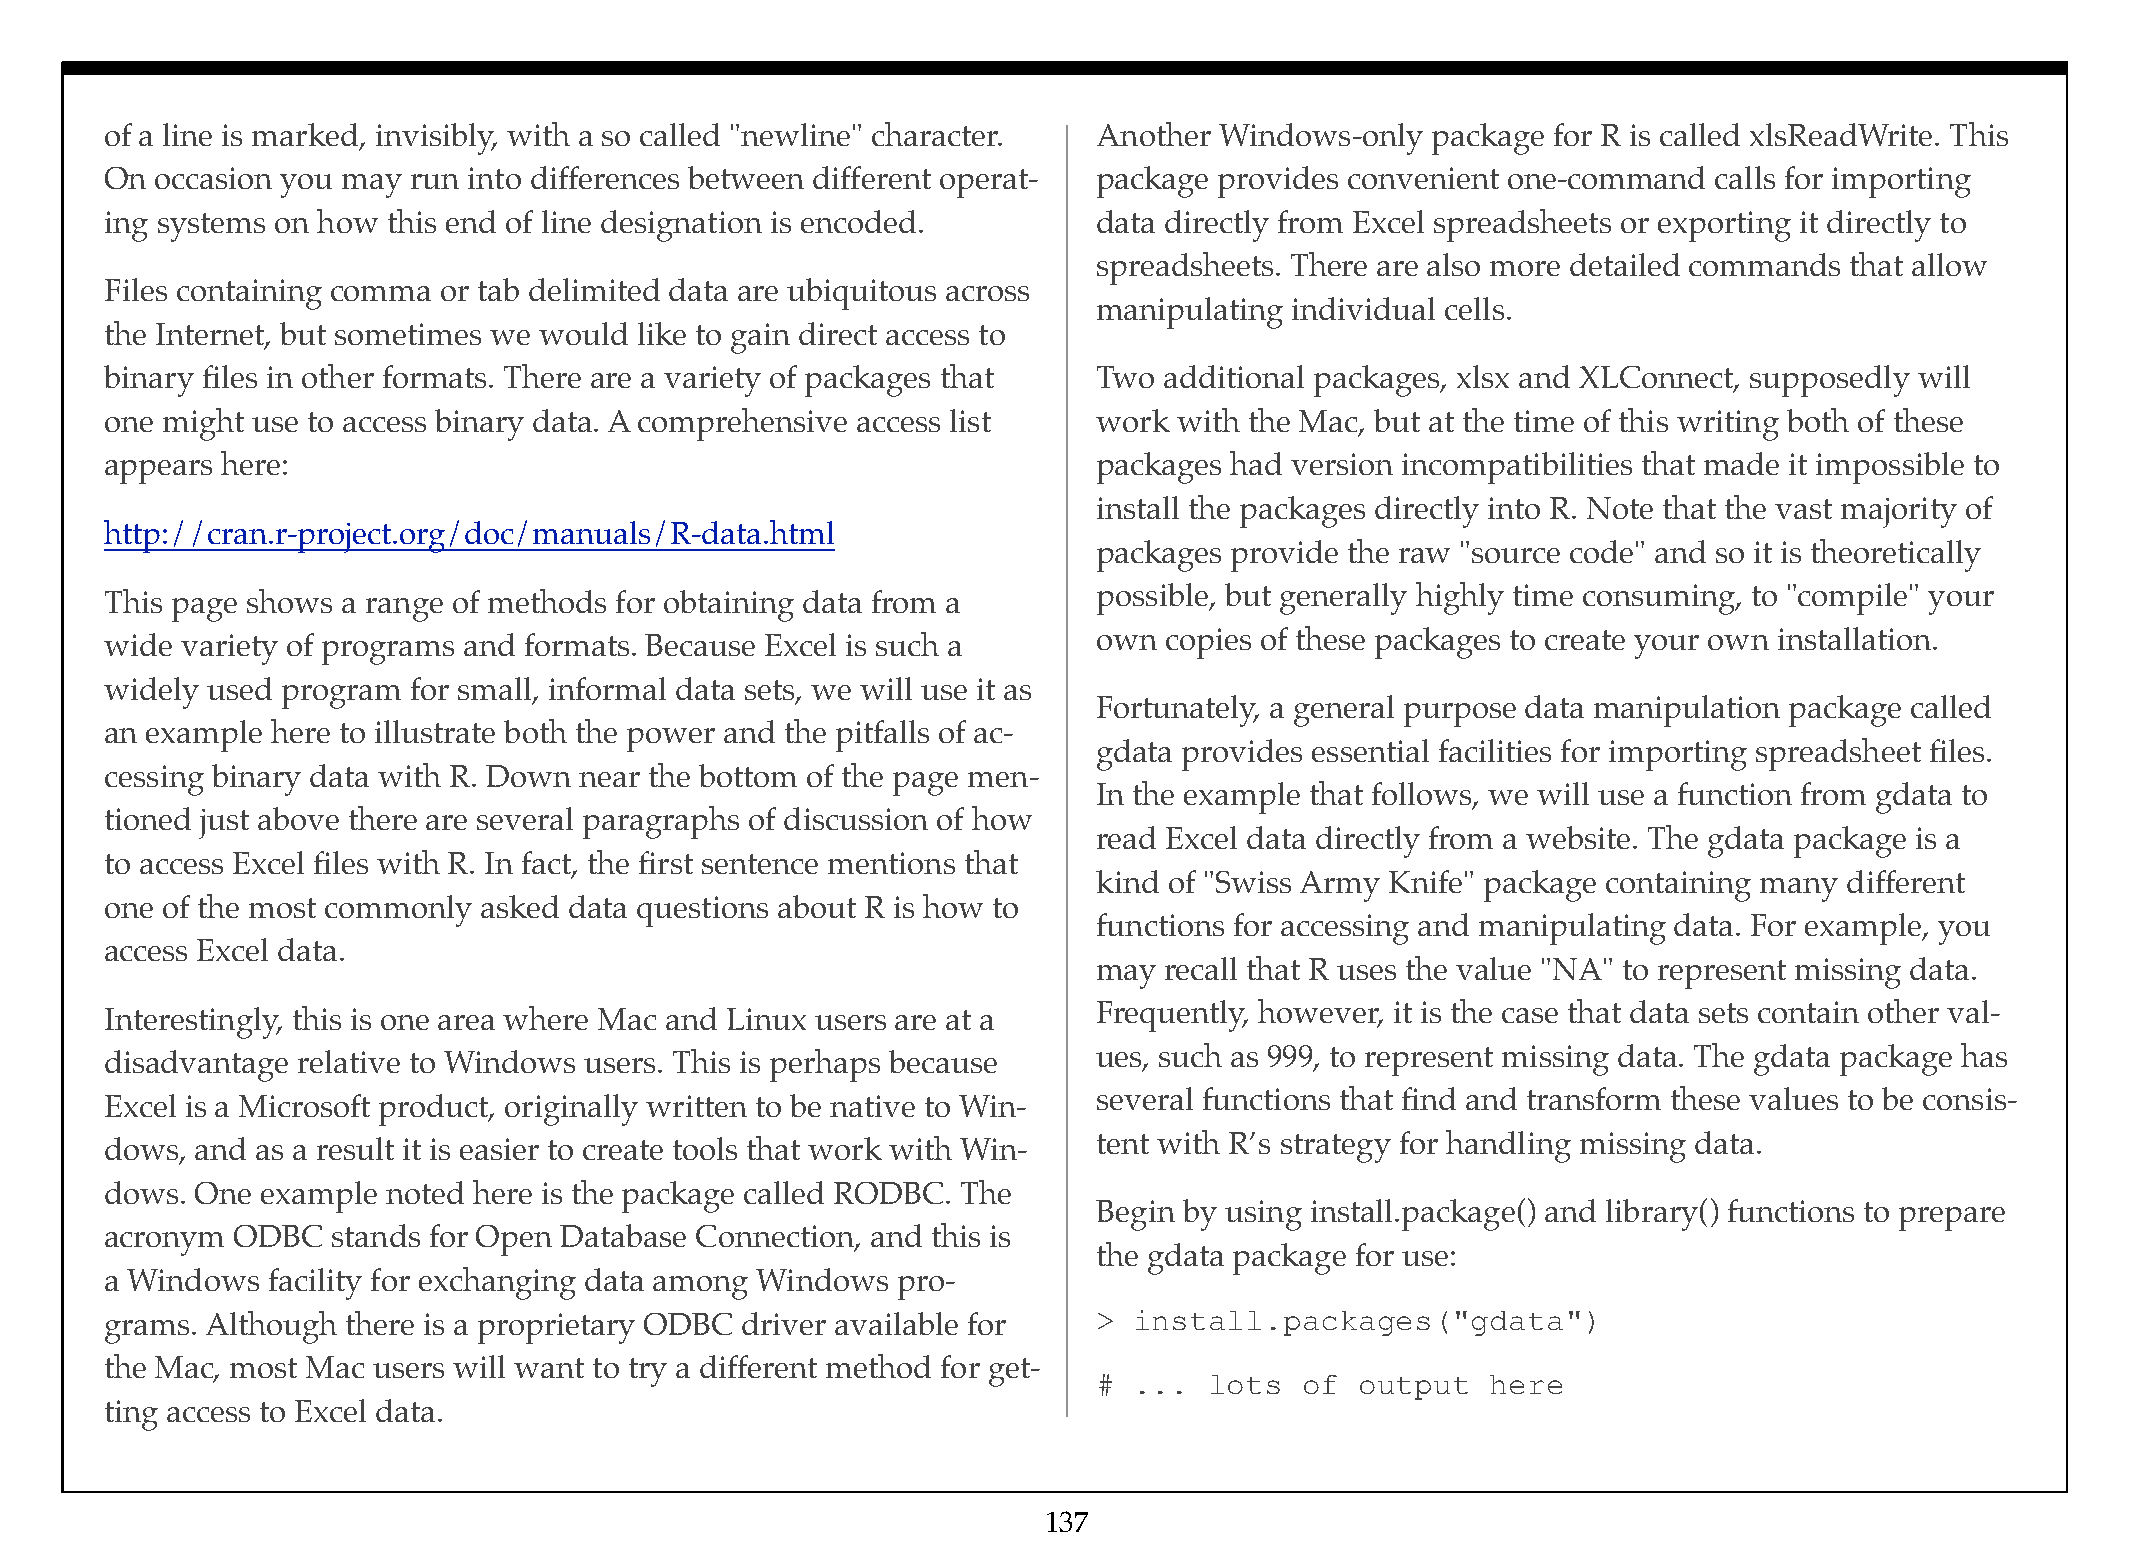
of a line is marked, invisibly, with a so called "newline" character. Another Windows-only package for R is called xlsReadWrite. This
 On occasion you may run into differences between different operat- package provides convenient one-command calls for importing
 ing systems on how this end of line designation is encoded.       data directly from Excel spreadsheets or exporting it directly to
 spreadsheets. There are also more detailed commands that allow
 Files containing comma or tab delimited data are ubiquitous across
 manipulating individual cells.
 the Internet, but sometimes we would like to gain direct access to
 binary files in other formats. There are a variety of packages that Two additional packages, xlsx and XLConnect, supposedly will
 one might use to access binary data. A comprehensive access list  work with the Mac, but at the time of this writing both of these
 appears here:                                                     packages had version incompatibilities that made it impossible to
 install the packages directly into R. Note that the vast majority of
 http://cran.r-project.org/doc/manuals/R-data.html
 packages provide the raw "source code" and so it is theoretically
 possible, but generally highly time consuming, to "compile" your
 This page shows a range of methods for obtaining data from a
 own copies of these packages to create your own installation.
 wide variety of programs and formats. Because Excel is such a
 widely used program for small, informal data sets, we will use it as
 Fortunately, a general purpose data manipulation package called
 an example here to illustrate both the power and the pitfalls of ac-
 gdata provides essential facilities for importing spreadsheet files.
 cessing binary data with R. Down near the bottom of the page men-
 In the example that follows, we will use a function from gdata to
 tioned just above there are several paragraphs of discussion of how
 read Excel data directly from a website. The gdata package is a
 to access Excel files with R. In fact, the first sentence mentions that
 kind of "Swiss Army Knife" package containing many different
 one of the most commonly asked data questions about R is how to
 functions for accessing and manipulating data. For example, you
 access Excel data.
 may recall that R uses the value "NA" to represent missing data.
 Frequently, however, it is the case that data sets contain other val-
 Interestingly, this is one area where Mac and Linux users are at a
 ues, such as 999, to represent missing data. The gdata package has
 disadvantage relative to Windows users. This is perhaps because
 several functions that find and transform these values to be consis-
 Excel is a Microsoft product, originally written to be native to Win-
 tent with R’s strategy for handling missing data.
 dows, and as a result it is easier to create tools that work with Win-
 dows. One example  noted here is the package called RODBC. The
 Begin by using install.package() and library() functions to prepare
 acronym ODBC   stands for Open Database Connection, and this is
 the gdata package for use:
 a Windows  facility for exchanging data among Windows pro-
 grams. Although there is a proprietary ODBC driver available for  > install.packages("gdata")
 the Mac, most Mac users will want to try a different method for get-
 # ...  lots  of  output   here
 ting access to Excel data.
 137